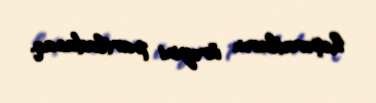
həşəratların ürəyini partladacaq.